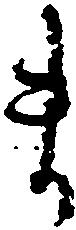
ま